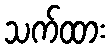
သက်ထား